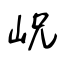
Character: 岲